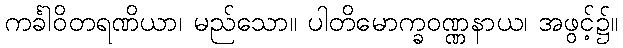
ကင်္ခါဝိတရဏိယာ၊ မည်သော။ ပါတိမောက္ခဝဏ္ဏနာယ၊ အဖွင့်၌။